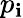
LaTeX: p_{\mathbf{i}}